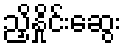
ညှိနှိုင်းဆွေး